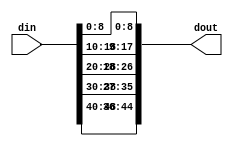
module remove_parity #(
	parameter WORDS = 5,
	parameter BITS_PER_WORD = 9
	
)(
	input [(1+BITS_PER_WORD)*WORDS-1:0] din,
	output [BITS_PER_WORD*WORDS-1:0] dout	
);

genvar i;
generate
	for (i=0; i<WORDS; i=i+1) begin : p
		wire [BITS_PER_WORD-1:0] tmp_in = din [(i+1)*(BITS_PER_WORD+1)-2:
			i*(BITS_PER_WORD+1)];
		assign dout[(i+1)*BITS_PER_WORD-1:i*BITS_PER_WORD] = tmp_in;
	end
endgenerate

endmodule